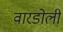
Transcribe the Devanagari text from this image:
वारडोली